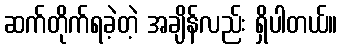
ဆက်တိုက်ရခဲ့တဲ့ အချိန်လည်း ရှိပါတယ်။